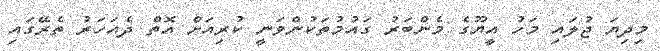
މިދިޔަ ޖުލައި މަހު އީޔޫގެ މެންބަރު ގައުމުތަކުންވަނީ ކުރިއަށް އޮތް ދެއަހަރު ތެރޭގައި